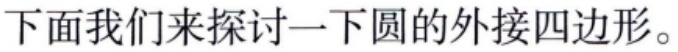
下面我们来探讨一下圆的外接四边形。